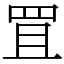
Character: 罝